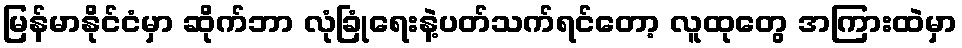
မြန်မာနိုင်ငံမှာ ဆိုက်ဘာ လုံခြုံရေးနဲ့ပတ်သက်ရင်တော့ လူထုတွေ အကြားထဲမှာ